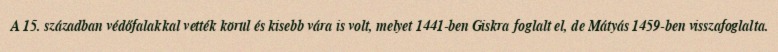
A 15. században védőfalakkal vették körül és kisebb vára is volt, melyet 1441-ben Giskra foglalt el, de Mátyás 1459-ben visszafoglalta.